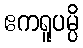
ဧကရူပမ္ပိ